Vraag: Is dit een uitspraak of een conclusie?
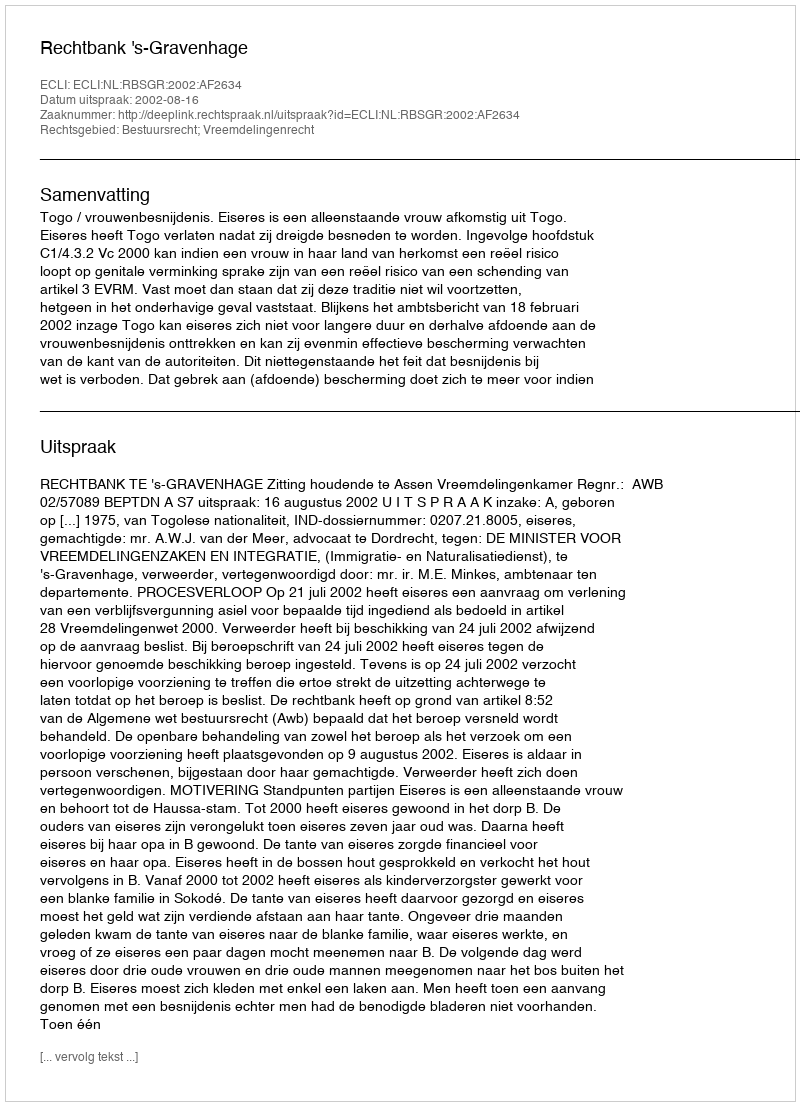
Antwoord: Uitspraak